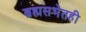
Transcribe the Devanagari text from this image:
ब्रह्मसभेतही